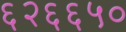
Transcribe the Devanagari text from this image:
६२६६५०